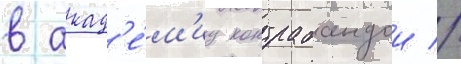
в акад'е́м'иу контрабандои //